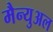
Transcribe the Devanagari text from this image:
मैन्‍युअल